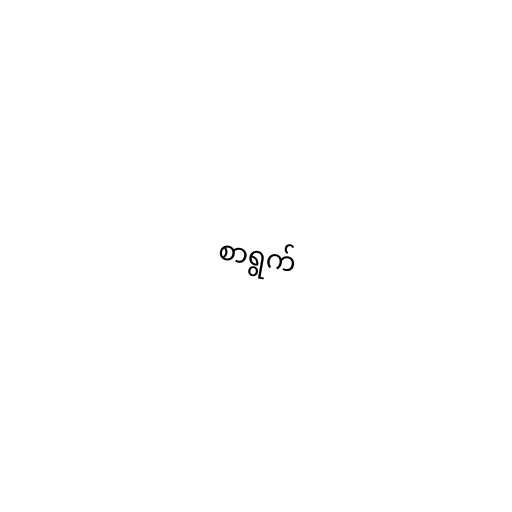
စာရွက်